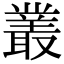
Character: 叢